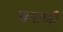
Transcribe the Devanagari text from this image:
समाणी